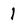
Character: l